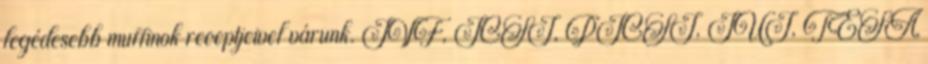
legédesebb muffinok receptjeivel várunk. IVF, ICSI, PICSI, IUI, TESA